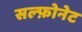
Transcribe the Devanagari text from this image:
सल्फ़ोनेट